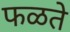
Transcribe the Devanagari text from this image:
फळते